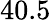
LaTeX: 40.5